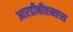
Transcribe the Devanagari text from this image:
आरडीबीएमएस